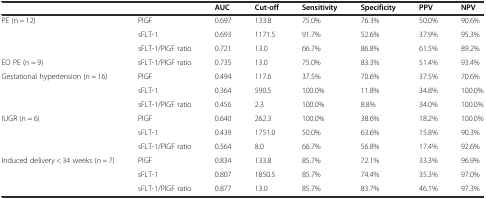
|  |  | AUC | Cut-off | Sensitivity | Specificity | PPV | NPV |
 | --- | --- | --- | --- | --- | --- | --- | --- |
 | PE (n = 12) | PlGF | 0.697 | 133.8 | 75.0% | 76.3% | 50.0% | 90.6% |
 |  | sFLT-1 | 0.693 | 1171.5 | 91.7% | 52.6% | 37.9% | 95.3% |
 |  | sFLT-1/PlGF ratio | 0.721 | 13.0 | 66.7% | 86.8% | 61.5% | 89.2% |
 | EO PE (n = 9) | sFLT-1/PlGF ratio | 0.735 | 13.0 | 75.0% | 83.3% | 51.4% | 93.4% |
 | Gestational hypertension (n = 16) | PlGF | 0.494 | 117.6 | 37.5% | 70.6% | 37.5% | 70.6% |
 |  | sFLT-1 | 0.364 | 590.5 | 100.0% | 11.8% | 34.8% | 100.0% |
 |  | sFLT-1/PlGF ratio | 0.456 | 2.3 | 100.0% | 8.8% | 34.0% | 100.0% |
 | IUGR (n = 6) | PlGF | 0.640 | 262.3 | 100.0% | 38.6% | 18.2% | 100.0% |
 |  | sFLT-1 | 0.439 | 1751.0 | 50.0% | 63.6% | 15.8% | 90.3% |
 |  | sFLT-1/PlGF ratio | 0.564 | 8.0 | 66.7% | 56.8% | 17.4% | 92.6% |
 | Induced delivery < 34 weeks (n = 7) | PlGF | 0.834 | 133.8 | 85.7% | 72.1% | 33.3% | 96.9% |
 |  | sFLT-1 | 0.807 | 1850.5 | 85.7% | 74.4% | 35.3% | 97.0% |
 |  | sFLT-1/PlGF ratio | 0.877 | 13.0 | 85.7% | 83.7% | 46.1% | 97.3% |